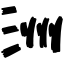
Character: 洲